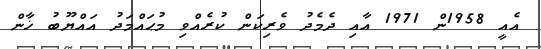
އެއީ 1958ން 1971 އާއި ދެމެދު ވެރިކަން ކުރެއްވި މުޙައްމަދު އައްޔޫބު ޚާން